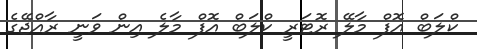
ކްލަބް އޮފް މާލޭ ރޮޓަރީ ކްލަބް އޮފް މާލެ އިން ވަނީ ރާއްޖޭގެ